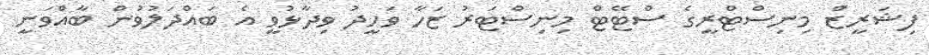
ފިޝަރީޒް މިނިސްޓްރީގެ ސްޓޭޓް މިނިސްޓަރު ޒަހާ ވަހީދު ވިދާޅުވީ އެ ބައްދަލުވުން ބާއްވަނީ